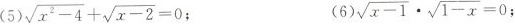
(5 )$$\sqrt{x^{2}-4}+ \sqrt{x-2}=0$$ ；(6) $$\sqrt{x-1}\cdot \sqrt{1-x}=0$$ ；